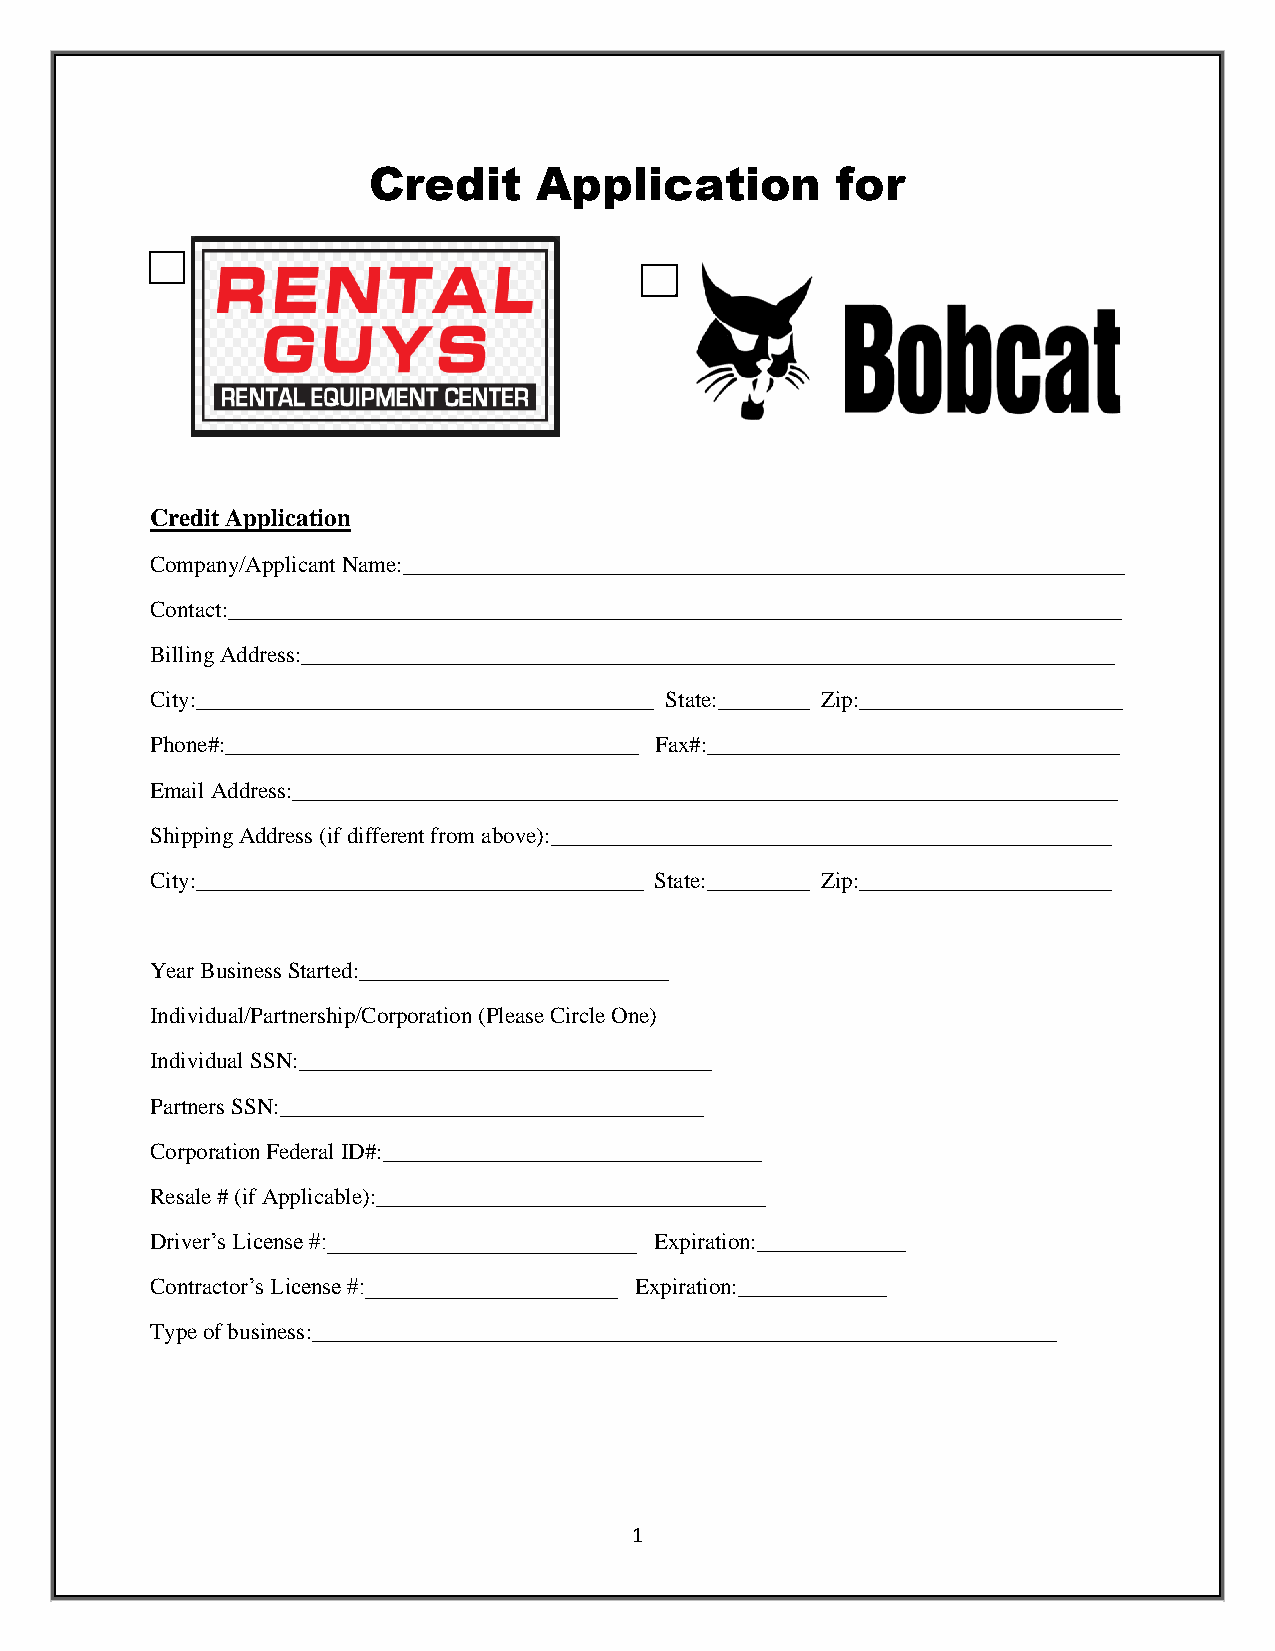
Credit      Application        for
 Credit Application
 Company/Applicant Name:_______________________________________________________________
 Contact:______________________________________________________________________________
 Billing Address:_______________________________________________________________________
 City:________________________________________ State:________ Zip:_______________________
 Phone#:____________________________________ Fax#:____________________________________
 Email Address:________________________________________________________________________
 Shipping Address (if different from above):_________________________________________________
 City:_______________________________________ State:_________ Zip:______________________
 Year Business Started:___________________________
 Individual/Partnership/Corporation (Please Circle One)
 Individual SSN:____________________________________
 Partners SSN:_____________________________________
 Corporation Federal ID#:_________________________________
 Resale # (if Applicable):__________________________________
 Driver’s License #:___________________________ Expiration:_____________
 Contractor’s License #:______________________ Expiration:_____________
 Type of business:_________________________________________________________________
 1